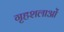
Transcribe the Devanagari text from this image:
गृहशलाओं